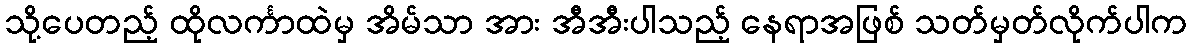
သို့ပေတည့် ထိုလင်္ကာထဲမှ အိမ်သာ အား အီအီးပါသည့် နေရာအဖြစ် သတ်မှတ်လိုက်ပါက